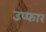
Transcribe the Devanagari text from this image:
उप्फार